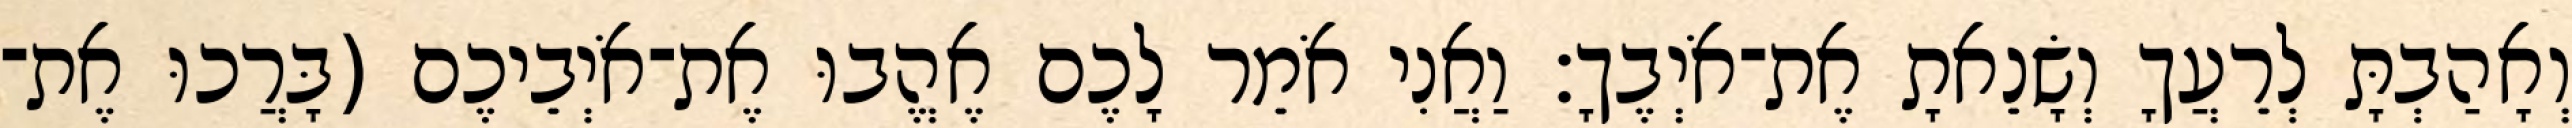
וְאָהַבְתָּ לְרֵעֲךָ וְשָׂנֵאתָ אֶת־אֹיְבֶךָ׃ וַאֲנִי אֹמֵר לָכֶם אֶהֱבוּ אֶת־אֹיְבֵיכֶם (בָּרֲכוּ אֶת־